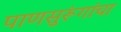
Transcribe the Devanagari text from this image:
पाणसुरूंगांचा